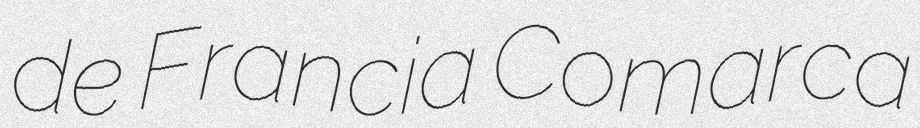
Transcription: de Francia Comarca